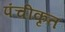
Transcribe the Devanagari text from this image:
पंचीकृत